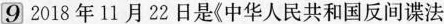
9 2018年11月22日是《中华人民共和国反间谍法